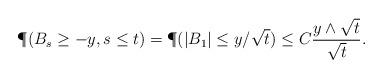
LaTeX: \begin{align*} &\P(B_s\geq -y, s\leq t)=\P(|B_1|\leq y/\sqrt{t})\leq C \frac{y\wedge\sqrt{t}}{\sqrt{t}}. \end{align*}